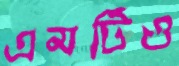
এমটিও